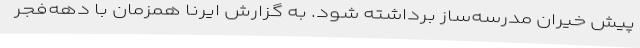
پیش خیران مدرسه‌ساز برداشته شود. به گزارش ایرنا همزمان با دهه‌فجر